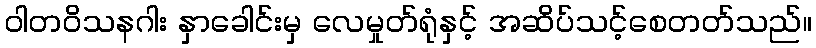
ဝါတဝိသနဂါး နှာခေါင်းမှ လေမှုတ်ရုံနှင့် အဆိပ်သင့်စေတတ်သည်။